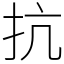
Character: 抗